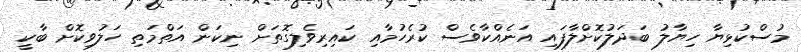
މުސްކުޅިޔާ ހިޔާލު ބަދަލުކޮށްލާފައި އަނެއްކާވެސް ކުރެހުމާއި ކައިރިވެލިގޮތަށް ނިކަން އަތްމަތި ހަލުވިކޮށް ބާކީ